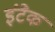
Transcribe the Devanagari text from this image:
इंटैक